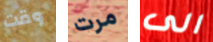
وقت مرت الى